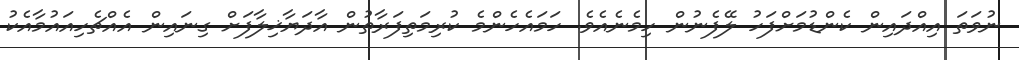
ނުވަތަ އިއްދައިން ކެންޑުމަށްފަހު ލޭފެނުން ހިމެނެއެވެ. ހަމައެހެންމެ ކުރިމަތިފަރާތުން އާދަޔާޚިލާފަށް ގިނައިން އެއްޗެހިއައުމާއެކު